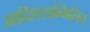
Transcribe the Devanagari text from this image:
आदिश्श्सम्मिलित